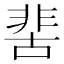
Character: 𩇵